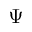
\Psi